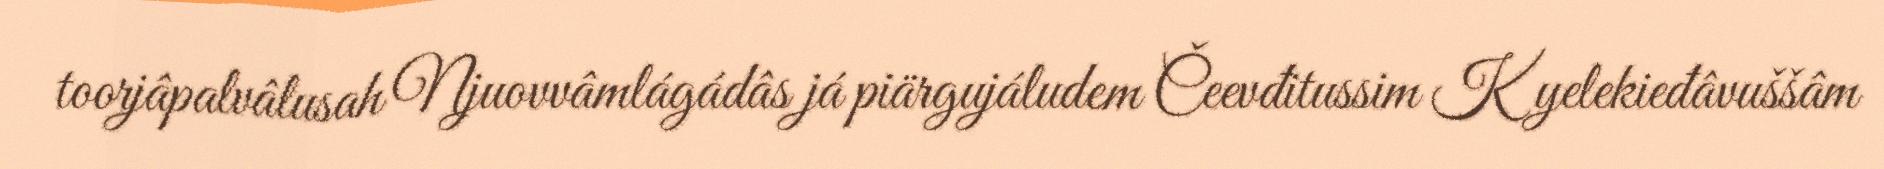
toorjâpalvâlusah Njuovvâmlágádâs já piärgujáludem Čeevđitussim Kyelekieđâvuššâm